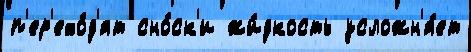
п'ер'ехо́д'ят сно́ск'и жи́дкость усложн'я́ет